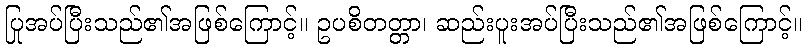
ပြုအပ်ပြီးသည်၏အဖြစ်ကြောင့်။ ဥပစိတတ္တာ၊ ဆည်းပူးအပ်ပြီးသည်၏အဖြစ်ကြောင့်။